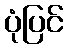
ပုံပြင်